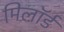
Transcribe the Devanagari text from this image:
मिलॉर्ड